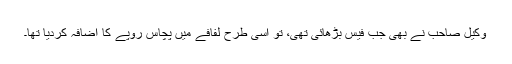
وکیل صاحب نے بھی جب فیس بڑھائی تھی، تو اسی طرح لفافے میں پچاس روپے کا اضافہ کردیا تھا۔